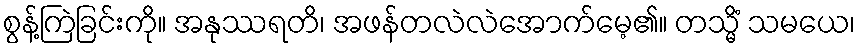
စွန့်ကြဲခြင်းကို။ အနုဿရတိ၊ အဖန်တလဲလဲအောက်မေ့၏။ တသ္မိံ သမယေ၊